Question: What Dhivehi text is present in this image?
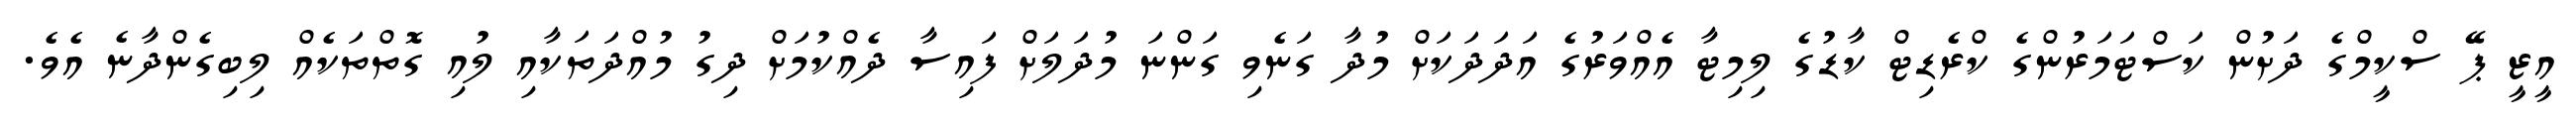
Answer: އީޒީ ޕޭ ސްކީމްގެ ދަށުން ކަސްޓަމަރުންގެ ކްރެޑިޓް ކާޑުގެ ލިމިޓާ އެއްވަރުގެ އަދަދަކަށް މުދާ ގަނެވި ގަންނަ މުދަލަށް ފައިސާ ދެއްކުމަށް ދިގު މުއްދަތަކާއި ލުއި ގޮތްތަކެއް ލިބިގެންދާނެ އެވެ.